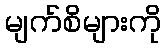
မျက်စိများကို